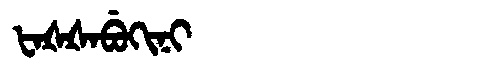
Manchu: ᡶᠠᡧᡧᠠᠪᡠᡴᡳᠨᡳ
Romanization: FAŠŠABUKINI